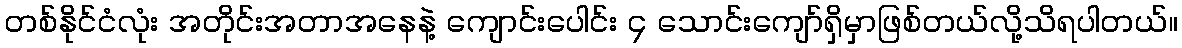
တစ်နိုင်ငံလုံး အတိုင်းအတာအနေနဲ့ ကျောင်းပေါင်း ၄ သောင်းကျော်ရှိမှာဖြစ်တယ်လို့သိရပါတယ်။